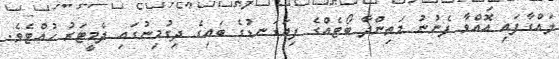
ލައްގާފައި އޮއްވާ ފެނުނު މަތިންދާ ބޯޓެއްގެ ފިޔަގަނޑުގެ ބައިގެ ދިގުމިނުގައި ދެމީޓަރު ހުއްޓެވެ.